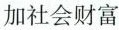
加社会财富